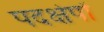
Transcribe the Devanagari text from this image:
पदक्षेपों